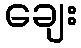
ချေး